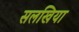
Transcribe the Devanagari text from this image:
सलखिया